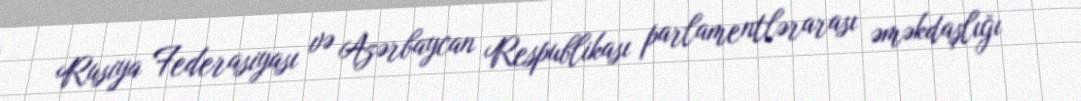
Rusiya Federasiyası və Azərbaycan Respublikası parlamentlərarası əməkdaşlığı